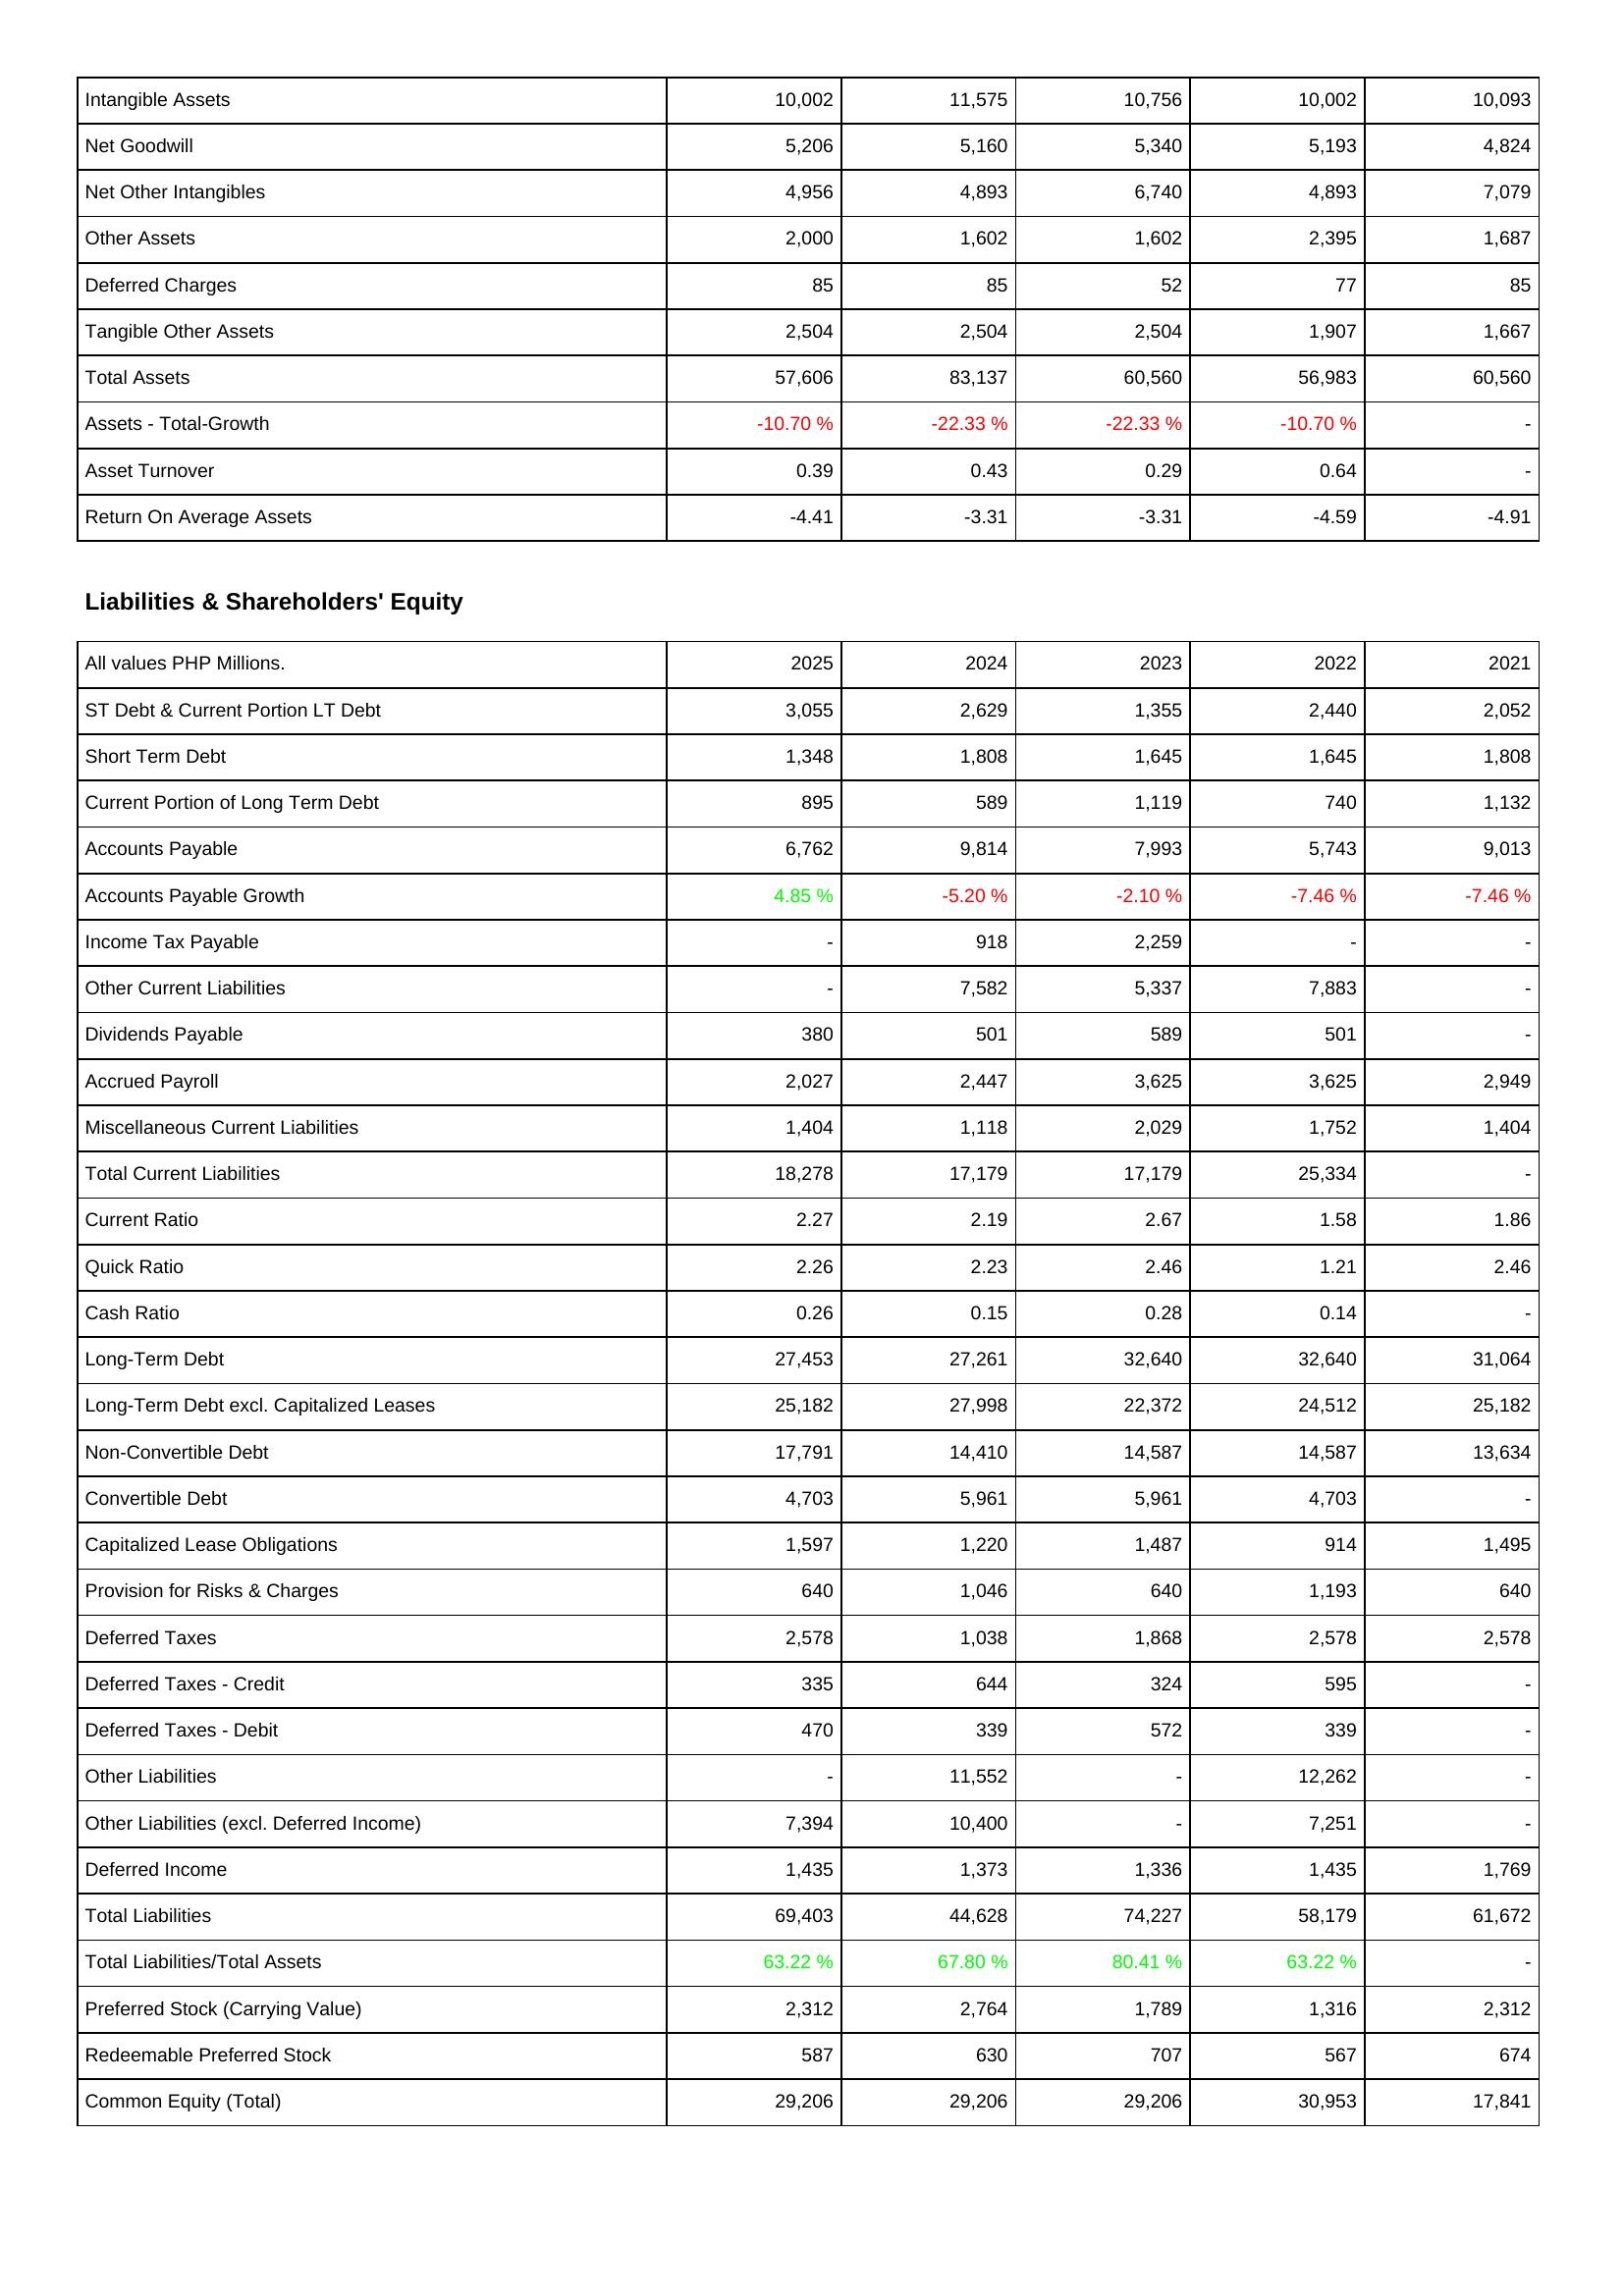
2025: Assets: Intangible Assets: 10,002
Net Goodwill: 5,206
Net Other Intangibles: 4,956
Other Assets: 2,000
Deferred Charges: 85
Tangible Other Assets: 2,504
Total Assets: 57,606
Assets - Total-Growth: -10.70 %
Asset Turnover: 0.39
Return On Average Assets: -4.41
Liabilities & Shareholders' Equity: ST Debt & Current Portion LT Debt: 3,055
Short Term Debt: 1,348
Current Portion of Long Term Debt: 895
Accounts Payable: 6,762
Accounts Payable Growth: 4.85 %
Income Tax Payable: -
Other Current Liabilities: -
Dividends Payable: 380
Accrued Payroll: 2,027
Miscellaneous Current Liabilities: 1,404
Total Current Liabilities: 18,278
Current Ratio: 2.27
Quick Ratio: 2.26
Cash Ratio: 0.26
Long-Term Debt: 27,453
Long-Term Debt excl. Capitalized Leases: 25,182
Non-Convertible Debt: 17,791
Convertible Debt: 4,703
Capitalized Lease Obligations: 1,597
Provision for Risks & Charges: 640
Deferred Taxes: 2,578
Deferred Taxes - Credit: 335
Deferred Taxes - Debit: 470
Other Liabilities: -
Other Liabilities (excl. Deferred Income): 7,394
Deferred Income: 1,435
Total Liabilities: 69,403
Total Liabilities/Total Assets: 63.22 %
Preferred Stock (Carrying Value): 2,312
Redeemable Preferred Stock: 587
Common Equity (Total): 29,206
2024: Assets: Intangible Assets: 11,575
Net Goodwill: 5,160
Net Other Intangibles: 4,893
Other Assets: 1,602
Deferred Charges: 85
Tangible Other Assets: 2,504
Total Assets: 83,137
Assets - Total-Growth: -22.33 %
Asset Turnover: 0.43
Return On Average Assets: -3.31
Liabilities & Shareholders' Equity: ST Debt & Current Portion LT Debt: 2,629
Short Term Debt: 1,808
Current Portion of Long Term Debt: 589
Accounts Payable: 9,814
Accounts Payable Growth: -5.20 %
Income Tax Payable: 918
Other Current Liabilities: 7,582
Dividends Payable: 501
Accrued Payroll: 2,447
Miscellaneous Current Liabilities: 1,118
Total Current Liabilities: 17,179
Current Ratio: 2.19
Quick Ratio: 2.23
Cash Ratio: 0.15
Long-Term Debt: 27,261
Long-Term Debt excl. Capitalized Leases: 27,998
Non-Convertible Debt: 14,410
Convertible Debt: 5,961
Capitalized Lease Obligations: 1,220
Provision for Risks & Charges: 1,046
Deferred Taxes: 1,038
Deferred Taxes - Credit: 644
Deferred Taxes - Debit: 339
Other Liabilities: 11,552
Other Liabilities (excl. Deferred Income): 10,400
Deferred Income: 1,373
Total Liabilities: 44,628
Total Liabilities/Total Assets: 67.80 %
Preferred Stock (Carrying Value): 2,764
Redeemable Preferred Stock: 630
Common Equity (Total): 29,206
2023: Assets: Intangible Assets: 10,756
Net Goodwill: 5,340
Net Other Intangibles: 6,740
Other Assets: 1,602
Deferred Charges: 52
Tangible Other Assets: 2,504
Total Assets: 60,560
Assets - Total-Growth: -22.33 %
Asset Turnover: 0.29
Return On Average Assets: -3.31
Liabilities & Shareholders' Equity: ST Debt & Current Portion LT Debt: 1,355
Short Term Debt: 1,645
Current Portion of Long Term Debt: 1,119
Accounts Payable: 7,993
Accounts Payable Growth: -2.10 %
Income Tax Payable: 2,259
Other Current Liabilities: 5,337
Dividends Payable: 589
Accrued Payroll: 3,625
Miscellaneous Current Liabilities: 2,029
Total Current Liabilities: 17,179
Current Ratio: 2.67
Quick Ratio: 2.46
Cash Ratio: 0.28
Long-Term Debt: 32,640
Long-Term Debt excl. Capitalized Leases: 22,372
Non-Convertible Debt: 14,587
Convertible Debt: 5,961
Capitalized Lease Obligations: 1,487
Provision for Risks & Charges: 640
Deferred Taxes: 1,868
Deferred Taxes - Credit: 324
Deferred Taxes - Debit: 572
Other Liabilities: -
Other Liabilities (excl. Deferred Income): -
Deferred Income: 1,336
Total Liabilities: 74,227
Total Liabilities/Total Assets: 80.41 %
Preferred Stock (Carrying Value): 1,789
Redeemable Preferred Stock: 707
Common Equity (Total): 29,206
2022: Assets: Intangible Assets: 10,002
Net Goodwill: 5,193
Net Other Intangibles: 4,893
Other Assets: 2,395
Deferred Charges: 77
Tangible Other Assets: 1,907
Total Assets: 56,983
Assets - Total-Growth: -10.70 %
Asset Turnover: 0.64
Return On Average Assets: -4.59
Liabilities & Shareholders' Equity: ST Debt & Current Portion LT Debt: 2,440
Short Term Debt: 1,645
Current Portion of Long Term Debt: 740
Accounts Payable: 5,743
Accounts Payable Growth: -7.46 %
Income Tax Payable: -
Other Current Liabilities: 7,883
Dividends Payable: 501
Accrued Payroll: 3,625
Miscellaneous Current Liabilities: 1,752
Total Current Liabilities: 25,334
Current Ratio: 1.58
Quick Ratio: 1.21
Cash Ratio: 0.14
Long-Term Debt: 32,640
Long-Term Debt excl. Capitalized Leases: 24,512
Non-Convertible Debt: 14,587
Convertible Debt: 4,703
Capitalized Lease Obligations: 914
Provision for Risks & Charges: 1,193
Deferred Taxes: 2,578
Deferred Taxes - Credit: 595
Deferred Taxes - Debit: 339
Other Liabilities: 12,262
Other Liabilities (excl. Deferred Income): 7,251
Deferred Income: 1,435
Total Liabilities: 58,179
Total Liabilities/Total Assets: 63.22 %
Preferred Stock (Carrying Value): 1,316
Redeemable Preferred Stock: 567
Common Equity (Total): 30,953
2021: Assets: Intangible Assets: 10,093
Net Goodwill: 4,824
Net Other Intangibles: 7,079
Other Assets: 1,687
Deferred Charges: 85
Tangible Other Assets: 1,667
Total Assets: 60,560
Assets - Total-Growth: -
Asset Turnover: -
Return On Average Assets: -4.91
Liabilities & Shareholders' Equity: ST Debt & Current Portion LT Debt: 2,052
Short Term Debt: 1,808
Current Portion of Long Term Debt: 1,132
Accounts Payable: 9,013
Accounts Payable Growth: -7.46 %
Income Tax Payable: -
Other Current Liabilities: -
Dividends Payable: -
Accrued Payroll: 2,949
Miscellaneous Current Liabilities: 1,404
Total Current Liabilities: -
Current Ratio: 1.86
Quick Ratio: 2.46
Cash Ratio: -
Long-Term Debt: 31,064
Long-Term Debt excl. Capitalized Leases: 25,182
Non-Convertible Debt: 13,634
Convertible Debt: -
Capitalized Lease Obligations: 1,495
Provision for Risks & Charges: 640
Deferred Taxes: 2,578
Deferred Taxes - Credit: -
Deferred Taxes - Debit: -
Other Liabilities: -
Other Liabilities (excl. Deferred Income): -
Deferred Income: 1,769
Total Liabilities: 61,672
Total Liabilities/Total Assets: -
Preferred Stock (Carrying Value): 2,312
Redeemable Preferred Stock: 674
Common Equity (Total): 17,841